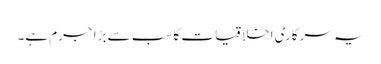
یہ سرکاری اخلاقیات کا سب سے بڑا جرم ہے۔